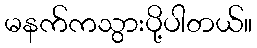
မနက်ကသွားပို့ပါတယ်။